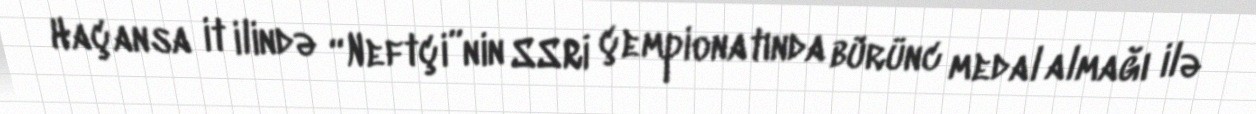
Haçansa it ilində “Neftçi”nin SSRİ çempionatında bürünc medal almağı ilə